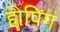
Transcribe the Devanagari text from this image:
होपिंग